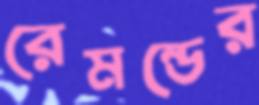
রেমন্ডের